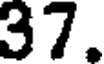
37.